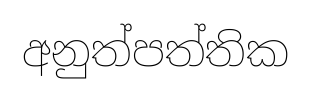
අනුත්පත්තික